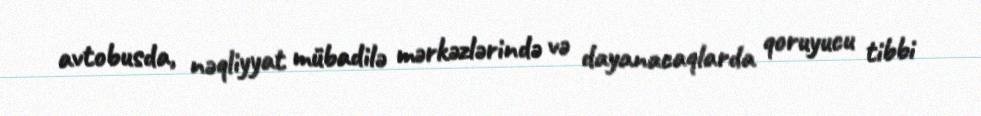
avtobusda, nəqliyyat mübadilə mərkəzlərində və dayanacaqlarda qoruyucu tibbi